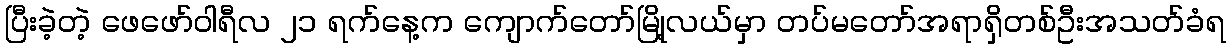
ပြီးခဲ့တဲ့ ဖေဖော်ဝါရီလ ၂၁ ရက်နေ့က ကျောက်တော်မြို့လယ်မှာ တပ်မတော်အရာရှိတစ်ဦးအသတ်ခံရ